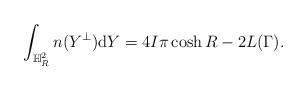
LaTeX: \begin{align*}\int_{\mathbb{H}^2_R}n(Y^\perp)\mathrm{d}Y=4I\pi\cosh R-2L(\Gamma).\end{align*}